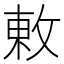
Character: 𢽬